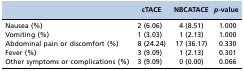
<table><thead><tr><td></td><td><b>cTACE</b></td><td><b>NBCATACE</b></td><td><b><i>p</i>-value</b></td></tr></thead><tbody><tr><td>Nausea (%)</td><td>2 (6.06)</td><td>4 (8.51)</td><td>1.000</td></tr><tr><td>Vomiting (%)</td><td>1 (3.03)</td><td>1 (2.13)</td><td>1.000</td></tr><tr><td>Abdominal pain or discomfort (%)</td><td>8 (24.24)</td><td>17 (36.17)</td><td>0.330</td></tr><tr><td>Fever (%)</td><td>3 (9.09)</td><td>1 (2.13)</td><td>0.301</td></tr><tr><td>Other symptoms or complications (%)</td><td>3 (9.09)</td><td>0 (0.00)</td><td>0.066</td></tr></tbody></table>